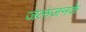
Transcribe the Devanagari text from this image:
जलजनके